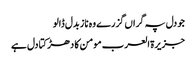
جو دل پہ گراں گزرے وہ ناز بدل ڈالو
جزیرۃ العرب مومن کا دھڑکتا دل ہے